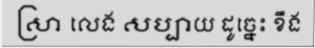
ស្រា លេង សប្បាយ ដូច្នេះ ខឹង